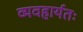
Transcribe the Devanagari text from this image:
व्यवहार्यतः